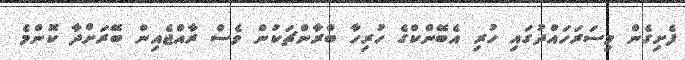
ފެށިގެން މިސަރަހައްދުގައި ހުރި އެބޭންކްގެ ހުރިހާ ބްރާންޗަކުން ވެސް ރާއްޖެއިން ބޭރަށްދާ ކޮންމެ